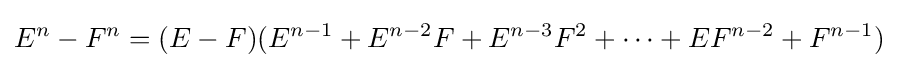
E^{n}-F^{n}=(E-F)(E^{n-1}+E^{n-2}F+E^{n-3}F^{2}+\cdots +EF^{n-2}+F^{n-1})